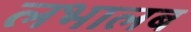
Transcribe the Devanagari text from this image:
लभालब